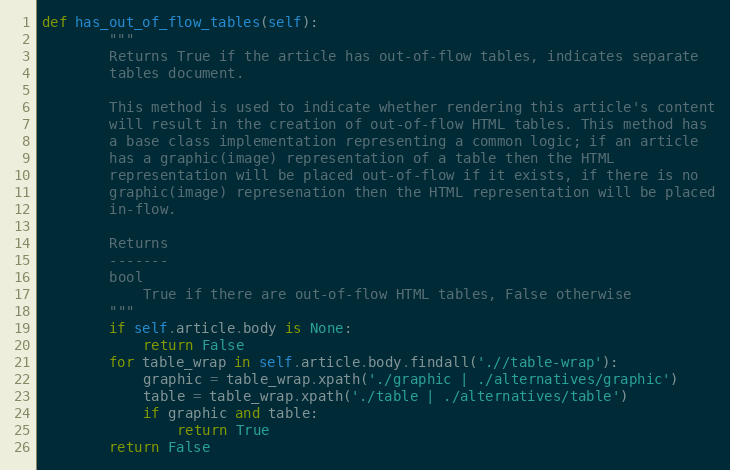
Language: Python
def has_out_of_flow_tables(self):
        """
        Returns True if the article has out-of-flow tables, indicates separate
        tables document.

        This method is used to indicate whether rendering this article's content
        will result in the creation of out-of-flow HTML tables. This method has
        a base class implementation representing a common logic; if an article
        has a graphic(image) representation of a table then the HTML
        representation will be placed out-of-flow if it exists, if there is no
        graphic(image) represenation then the HTML representation will be placed
        in-flow.

        Returns
        -------
        bool
            True if there are out-of-flow HTML tables, False otherwise
        """
        if self.article.body is None:
            return False
        for table_wrap in self.article.body.findall('.//table-wrap'):
            graphic = table_wrap.xpath('./graphic | ./alternatives/graphic')
            table = table_wrap.xpath('./table | ./alternatives/table')
            if graphic and table:
                return True
        return False